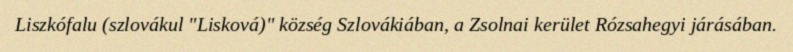
Liszkófalu (szlovákul "Lisková)" község Szlovákiában, a Zsolnai kerület Rózsahegyi járásában.